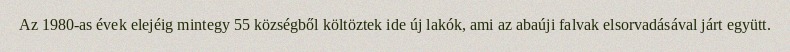
Az 1980-as évek elejéig mintegy 55 községből költöztek ide új lakók, ami az abaúji falvak elsorvadásával járt együtt.